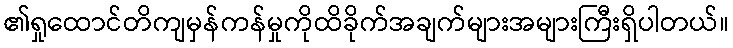
၏ရှုထောင်တိကျမှန်ကန်မှုကိုထိခိုက်အချက်များအများကြီးရှိပါတယ်။